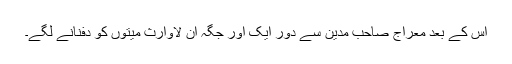
اس کے بعد معراج صاحب مدین سے دور ایک اور جگہ ان لاوارث میتوں کو دفنانے لگے۔